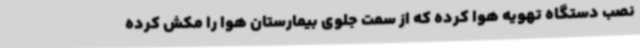
نصب دستگاه تهویه هوا کرده که از سمت جلوی بیمارستان هوا را مکش کرده